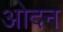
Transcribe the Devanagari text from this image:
ओदन